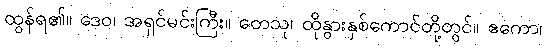
ထွန်ရ၏။ ဒေဝ၊ အရှင်မင်းကြီး။ တေသု၊ ထိုနွားနှစ်ကောင်တို့တွင်။ ဧကော၊